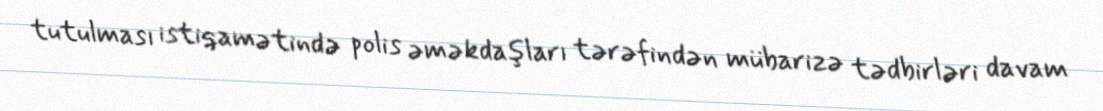
tutulması istiqamətində polis əməkdaşları tərəfindən mübarizə tədbirləri davam